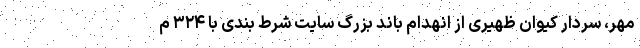
مهر، سردار کیوان ظهیری از انهدام باند بزرگ سایت شرط بندی با ۳۲۴ م